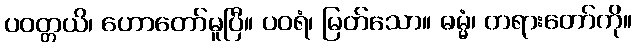
ပဝတ္တယိ၊ ဟောတော်မူပြီ။ ပဝရံ၊ မြတ်သော။ ဓမ္မံ၊ တရားတော်ကို။